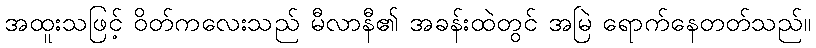
အထူးသဖြင့် ဝိတ်ကလေးသည် မီလာနီ၏ အခန်းထဲတွင် အမြဲ ရောက်နေတတ်သည်။